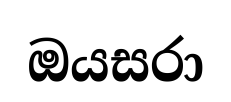
ඔයසරා